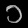
Digit: ၁